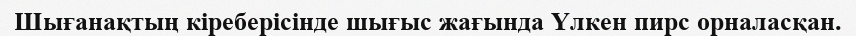
Шығанақтың кіреберісінде шығыс жағында Үлкен пирс орналасқан.